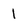
Character: 1